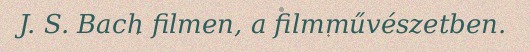
J. S. Bach filmen, a filmművészetben.